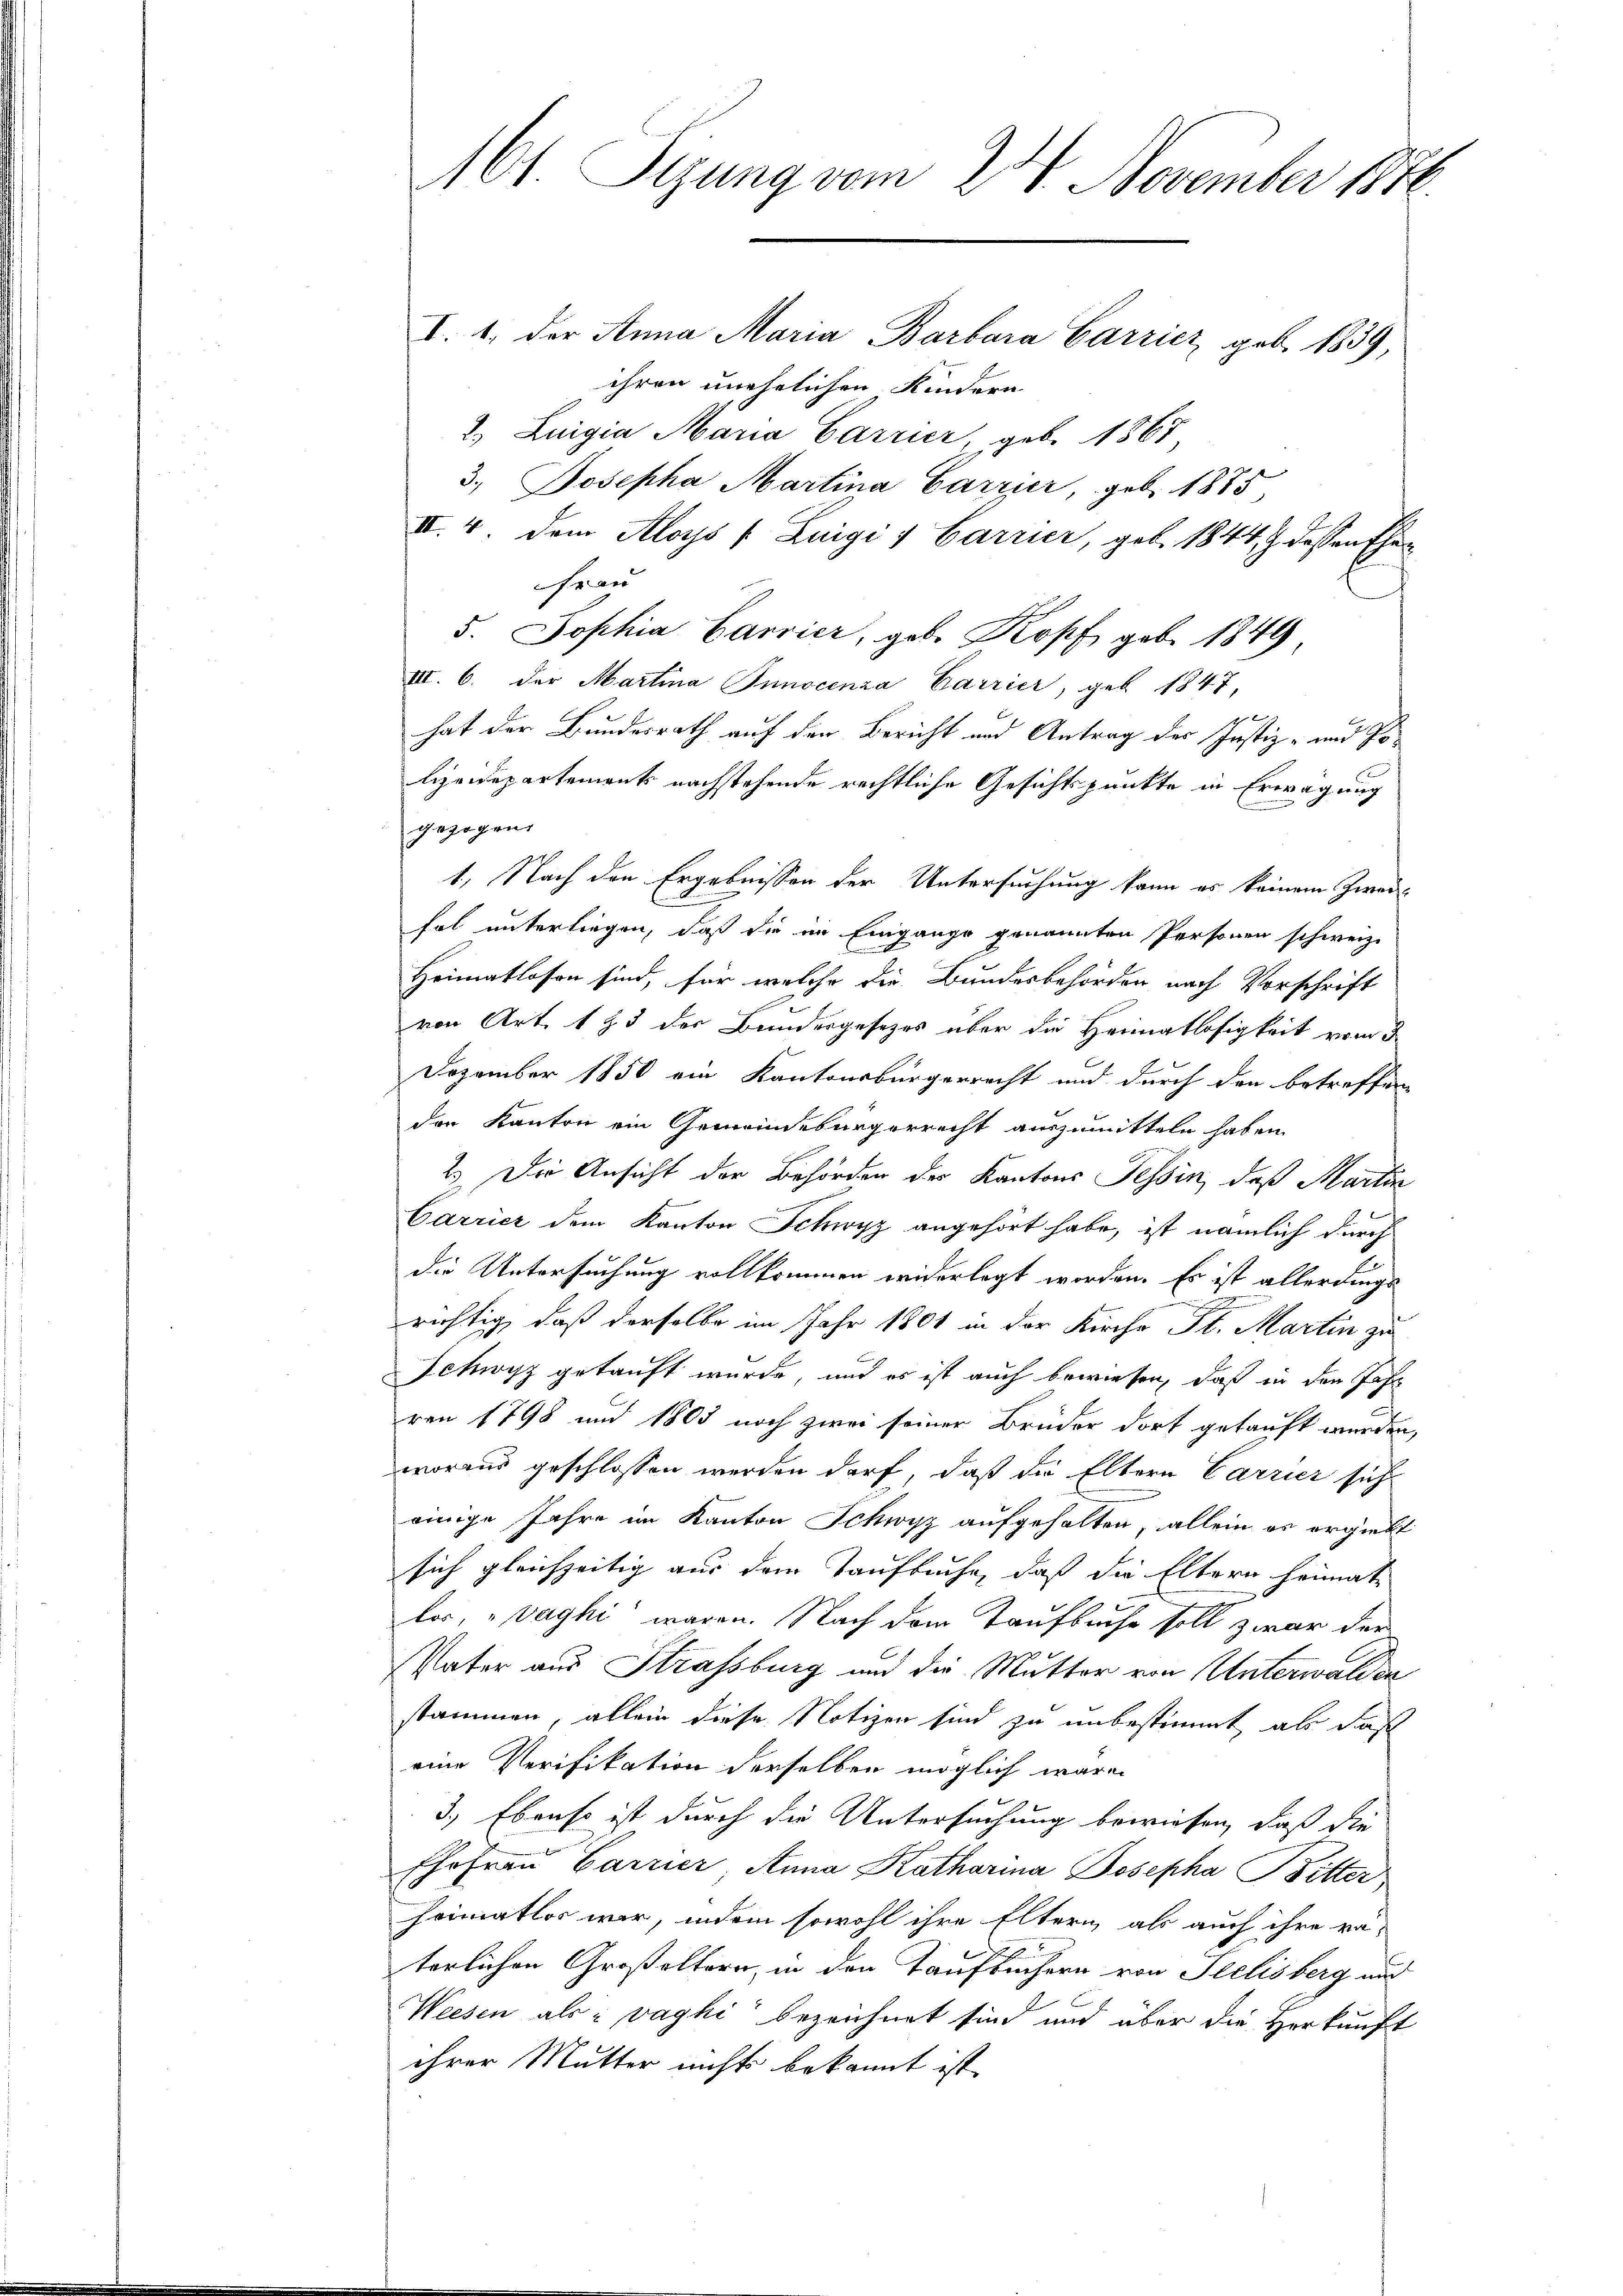
161 Sigung vom 24. November 1870.

I. 1. der Anna Maria Barbara Carricz geb. 1839,
ihren unehelichen Kindern
2) Luigia Maria Carrier, geb. 1867
3. Josepha Martina Carrier, geb. 1885,
II. 4. dem Aloys (Luigi 1 Carrier, geb. 1844, 4 dessen Ehe¬
Frau
5. Jophia Carrier, geb. Kopf geb. 1849
VII. 6. der Martina Tunocenza Carrier, geb. 1847,
f
hat der Bundesrath auf den Bericht und Antrag der Justiz- und Polizeidepartement nachstehende rechtliche Gesichtspunkte in Erwägung
gezogen.
1.) Nach den Ergebnissen der Untersuchung kann es keinem Zweifol unterliegen, daß die im Eingange genannten Personen schweiz.
Heimatlosen sind, für welche die Bundesbehörden nach Vorschrift
von Art. 1 Z. 3 der Bundesgesezes über die Heimatlosigkeit vom 3
Dezember 1850 ein Kantonsbürgerrecht und durch den betreffen
den Kanton ein Gemeindebürgerrecht auszumitteln haben
2.) Die Ansicht der Behörden der Kantons Tessin, daß Martin
Carrier dem Kanton Schwyz angehört habe, ist nämlich durch
die Untersuchung vollkommen widerlegt worden. Es ist allerdings
d
richtig, daß derselbe im Jahr 1801 in der Kirche St. Martin zu
Schwyz getauft wurde, und es ist auch bewiesen, daß in der Jahr
ren 1798 und 1805 noch zwei seiner Brüder dort gekauft werden,
woraus geschlossen werden darf, daß die Eltern Carrier sich
einige Jahre im Kanton Schwyz aufgehalten, allein es ergiebt
sich gleichzeitig aus dem Taufbuche, daß die Eltern heimat
los, "Vaghi waren. Nach dem Taufbuche soll zwar der
Vater aus Strassburg und die Mutter von Unterwalden
stammen, allein diese Notizen sind zu unbestimmt als Fasch
eine Verifikation derselben möglich wären
3.) Ebenso ist durch die Untersuchung bewiesen, daß die
Ehefrau Carrier, Anna Katharina Josepha Bitter
heimatlos wir, indem sowohl ihre Eltern als auch ihre ra-
terlichen Großeltern, in den Taufbüchern von Seelisberg und
Weesen als : vaghi bezeichnet sind und über die Herkunft
ihrer Mutter nichts bekannt ist